Civil Veterinary Dept. Bombay admin report 1932-41 - 1932-1941
Year: 1932
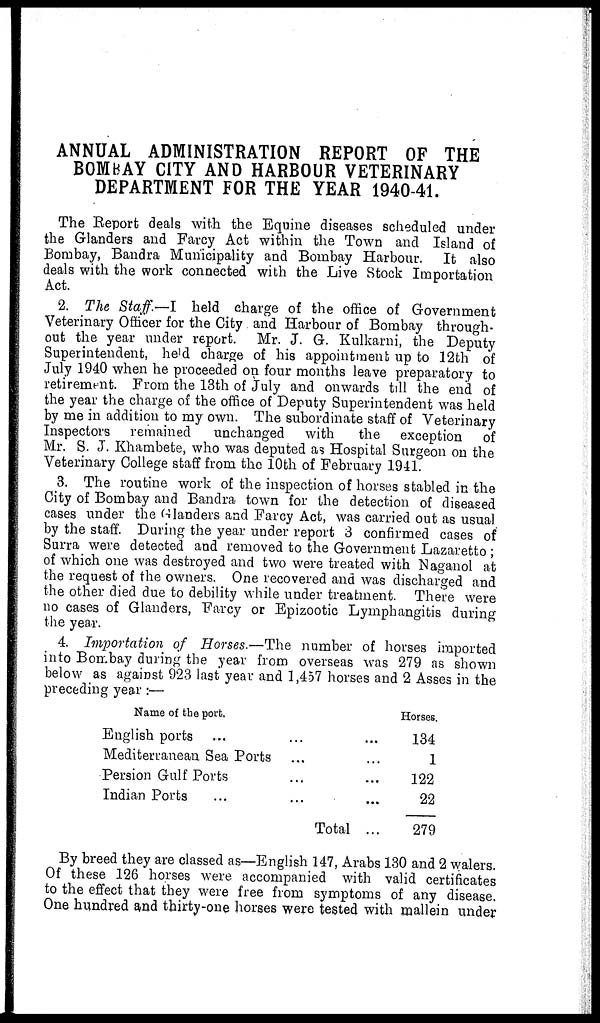
ANNUAL ADMINISTRATION REPORT OF THE
BOMBAY CITY AND HARBOUR VETERINARY
DEPARTMENT FOR THE YEAR 1940-41.
The Report deals with the Equine diseases scheduled under
the Glanders and Farcy Act within the Town and Island of
Bombay, Bandra Municipality and Bombay Harbour. It also
deals with the work connected with the Live Stock Importation
Act.
2. The Staff.—I held charge of the office of Government
Veterinary Officer for the City and Harbour of Bombay through
out the year under report. Mr. J. G. Kulkarni, the Deputy
Superintendent, held charge of his appointment up to 12th of
July 1940 when he proceeded on four months leave preparatory to
retirement. From the 13th of July and onwards till the end of
the year the charge of the office of Deputy Superintendent was held
by me in addition to my own. The subordinate staff of Veterinary
Inspectors remained unchanged with the exception of
Mr. S. J. Khambete, who was deputed as Hospital Surgeon on the
Veterinary College staff from the 10th of February 1941.
3. The routine work of the inspection of horses stabled in the
City of Bombay and Bandra town for the detection of diseased
cases under the Glanders and Farcy Act, was carried out as usual
by the staff. During the year under report 3 confirmed cases of
Surra were detected and removed to the Government Lazaretto;
of which one was destroyed and two were treated with Naganol at
the request of the owners. One recovered and was discharged and
the other died due to debility while under treatment. There were
no cases of Glanders, Farcy or Epizootic Lymphangitis during
the year.
4. Importation of Horses.—The number of horses imported
into Bombay during the year from overseas was 279 as shown
below as against 923 last year and 1,457 horses and 2 Asses in the
preceding year:—
Name of the port.
English ports
...
...
...
Mediterranean Sea Ports
...
...
Persion Gulf Ports
...
...
Indian Ports
...
...
...
Total ...
Horses.
134
1
122
22
279
By breed they are classed as—English 147, Arabs 130 and 2 walers.
Of these 126 horses were accompanied with valid certificates
to the effect that they were free from symptoms of any disease.
One hundred and thirty-one horses were tested with mallein under